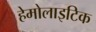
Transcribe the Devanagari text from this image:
हेमोलाइटिक